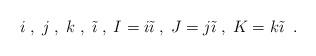
LaTeX: \begin{align*}i\; , \; j \; , \; k \; , \; \tilde{\imath}\; , \; I=i\tilde{\imath} \; , \;J=j\tilde{\imath}\; , \; K=k\tilde{\imath} \; \; .\end{align*}